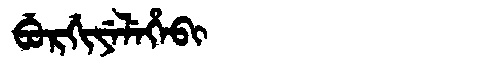
Manchu: ᠪᡠᡵᡤᡳᠶᡝᠯᡝᡥᡝᠪᡳ
Romanization: BURGIYELEHEBI